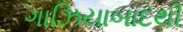
ગાઝિયાબાદથી